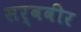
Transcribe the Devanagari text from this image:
सर्ववीर